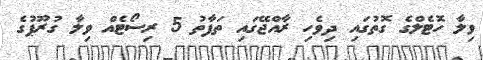
ވިލާ ހޮޓެލްގެ ގޮތުގައި ދިވެހި ރާއްޖޭގައި ތަފާތު 5 ރިސޯޓެއް ވިލާ ގުރޫޕުގެ